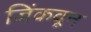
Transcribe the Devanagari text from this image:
जिंकवून